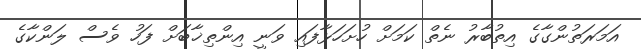
އަމަރަތުންގާގެ އިތުބާރު ނެތް ކަމަށް ހުށަހަޅާފައި ވަނީ އިންތިޚާބަށް ފަހު ވެސް ލަންކާގެ